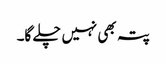
پتہ بھی نہیں چلے گا۔